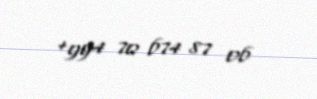
+994 70 674 87 06